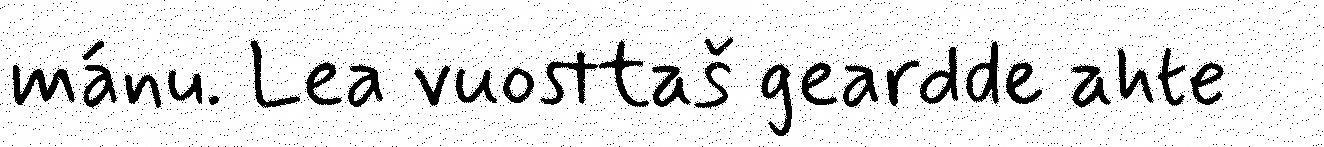
mánu. Lea vuosttaš geardde ahte